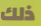
ذلك